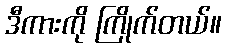
ဒီကားကို ကြိုက်တယ်။